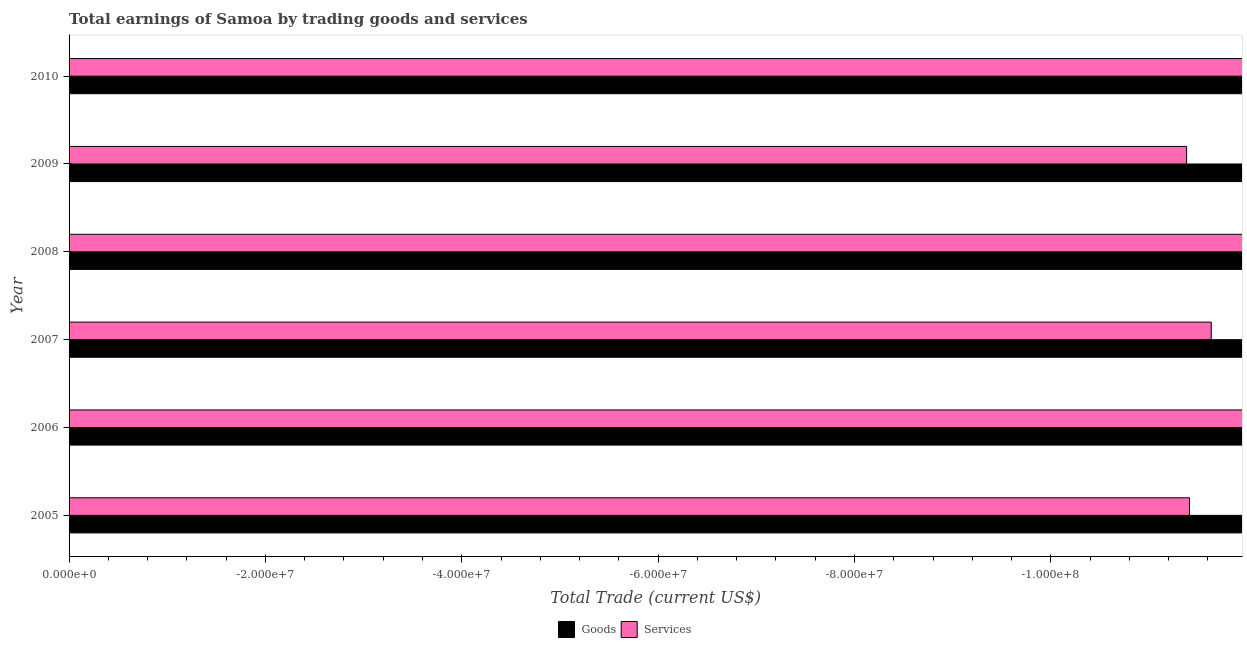
| Year | Goods | Services |
 | --- | --- | --- |
 | 2005 | -1.75e+08 | -1.14e+08 |
 | 2006 | -2.09e+08 | -1.4e+08 |
 | 2007 | -2.13e+08 | -1.16e+08 |
 | 2008 | -2.38e+08 | -1.42e+08 |
 | 2009 | -1.96e+08 | -1.14e+08 |
 | 2010 | -2.57e+08 | -1.58e+08 |